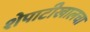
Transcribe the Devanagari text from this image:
शेपाटीखालचा